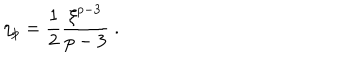
LaTeX: \eta _ { p } = { \frac { 1 } { 2 } } { \frac { \xi ^ { p - 3 } } { p - 3 } } ~ .